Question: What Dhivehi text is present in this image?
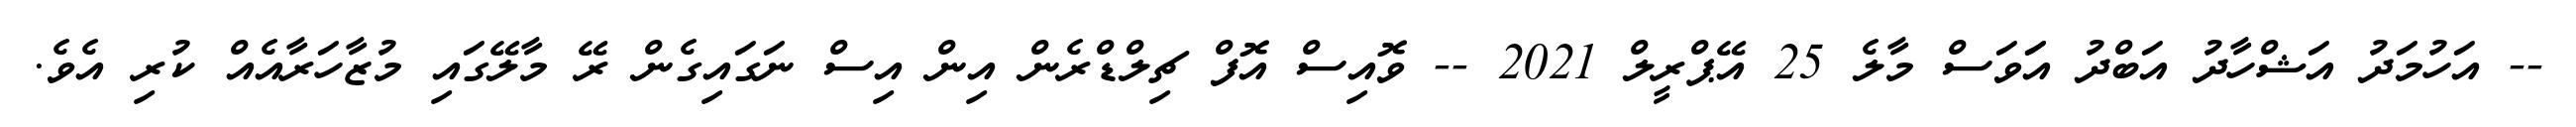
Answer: -- އަހުމަދު އަޝްހާދު އަބްދު އަަވަސް މާލެ 25 އޭޕްރީލް 2021 -- ވޮއިސް އޮފް ޗިލްޑްރެން އިން އިސް ނަގައިގެން ރޭ މާލޭގައި މުޒާހަރާއެއް ކުރި އެވެ.